Indian journal of veterinary science and animal husbandry - Volume 1,
Year: 1931
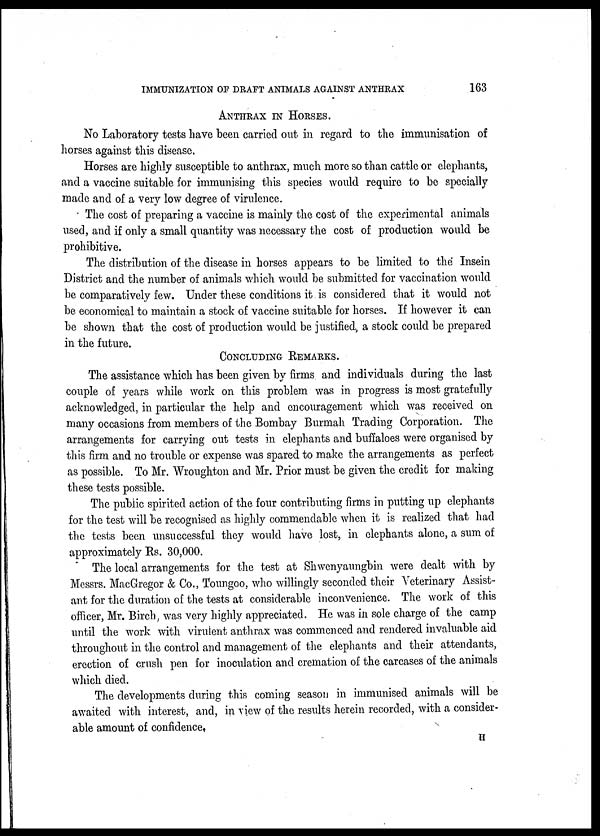
IMMUNIZATION OF DRAFT ANIMALS AGAINST ANTHRAX
163
ANTHRAX IN HORSES.
No Laboratory tests have been carried out in regard to the immunisation of
horses against this disease.
Horses are highly susceptible to anthrax, much more so than cattle or elephants,
and a vaccine suitable for immunising this species would require to be specially
made and of a very low degree of virulence.
The cost of preparing a vaccine is mainly the cost of the experimental animals
used, and if only a small quantity was necessary the cost of production would be
prohibitive.
The distribution of the disease in horses appears to be limited to the Insein
District and the number of animals which would be submitted for vaccination would
be comparatively few. Under these conditions it is considered that it would not
be economical to maintain a stock of vaccine suitable for horses. If however it can
be shown that the cost of production would be justified., a stock could be prepared
in the future.
CONCLUDING REMARKS.
The assistance which has been given by firms and individuals during the last
couple of years while work on this problem was in progress is most gratefully
acknowledged, in particular the help and encouragement which was received on
many occasions from members of the Bombay Burmah Trading Corporation. The
arrangements for carrying out tests in elephants and buffaloes were organised by
this firm and no trouble or expense was spared to make the arrangements as perfect
as possible. To Mr. Wroughton and Mr. Prior must be given the credit for making
these tests possible.
The public spirited action of the four contributing firms in putting up elephants
for the test will be recognised as highly commendable when it is realized that had
the tests been unsuccessful they would have lost, in elephants alone, a sum of
approximately Rs. 30,000.
The local arrangements for the test at Shwenyaungbin were dealt with by
Messrs. MacGregor & Co., Toungoo, who willingly seconded their Veterinary Assist-
ant for the duration of the tests at considerable inconvenience. The work of this
officer, Mr. Birch, was very highly appreciated. He was in sole charge of the camp
until the work, with virulent anthrax was commenced and rendered invaluable aid
throughout in the control and management of the elephants and their attendants,
erection of crush pen for inoculation and cremation of the carcases of the animals
which died.
The developments during this coming season in immunised animals will be
awaited with interest, and, in view of the results herein recorded, with a consider-
able amount of confidence.
H